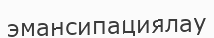
эмансипациялау